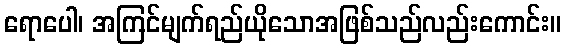
ရောပေါ၊ အကြင်မျက်ရည်ယိုသောအဖြစ်သည်လည်းကောင်း။